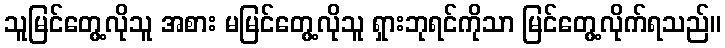
သူမြင်တွေ့လိုသူ အစား မမြင်တွေ့လိုသူ ရှားဘုရင်ကိုသာ မြင်တွေ့လိုက်ရသည်။